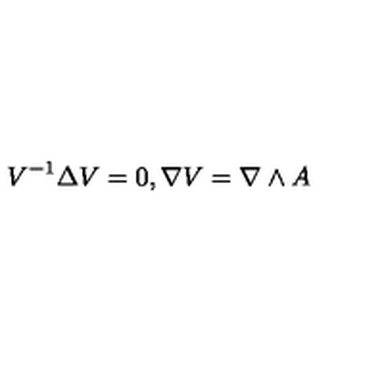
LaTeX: V ^ { - 1 } \Delta V = 0 , \nabla V = \nabla \wedge A